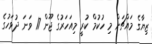
ޒިޔާގެ މައްޗަށް މި ހުކުމް ކުރީ މިއަހަރުގެ ޖޫން 17 ވަނަ ދުވަހުގެ